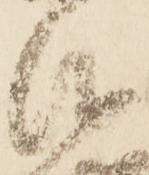
仰